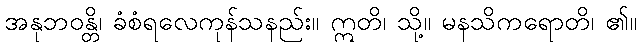
အနုဘဝန္တိ၊ ခံစံရလေကုန်သနည်း။ ဣတိ၊ သို့။ မနသိကရောတိ၊ ၏။